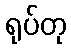
ရုပ်တု